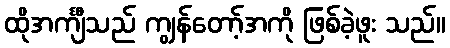
ထိုအင်္ကျီသည် ကျွန်တော့်အကို ဖြစ်ခဲ့ဖူး သည်။